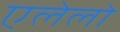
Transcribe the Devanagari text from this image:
एलेलो